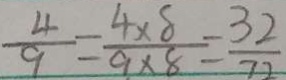
\frac { 4 } { 9 } = \frac { 4 \times 8 } { 9 \times 8 } = \frac { 3 2 } { 7 2 }